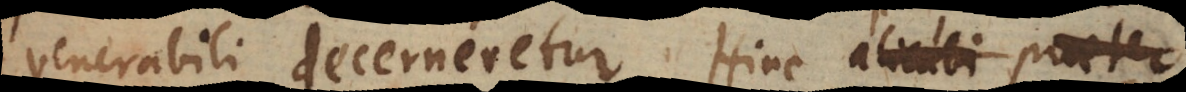
venerabili decerneretur. Hinc alicubi praeter